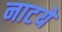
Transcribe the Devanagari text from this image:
नाटये